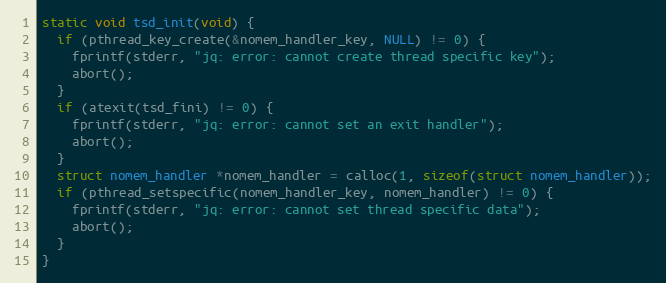
Language: C
static void tsd_init(void) {
  if (pthread_key_create(&nomem_handler_key, NULL) != 0) {
    fprintf(stderr, "jq: error: cannot create thread specific key");
    abort();
  }
  if (atexit(tsd_fini) != 0) {
    fprintf(stderr, "jq: error: cannot set an exit handler");
    abort();
  }
  struct nomem_handler *nomem_handler = calloc(1, sizeof(struct nomem_handler));
  if (pthread_setspecific(nomem_handler_key, nomem_handler) != 0) {
    fprintf(stderr, "jq: error: cannot set thread specific data");
    abort();
  }
}